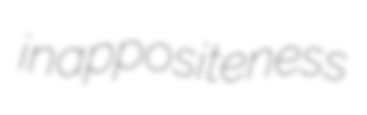
inappositeness